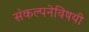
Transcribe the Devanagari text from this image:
संकल्पनेविषयी